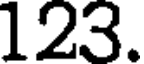
123.